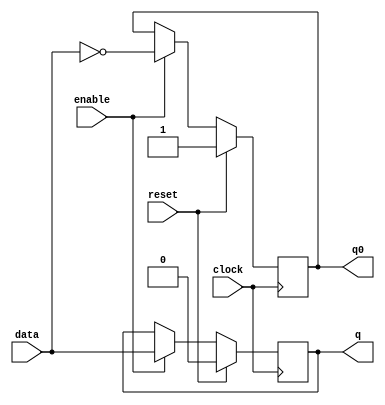
module dflipflop(data,enable,clock,q,q0,reset);

	input data,clock,enable,reset;
	output reg q,q0;
	
	always@(posedge clock)
	begin
		if(reset)
		begin
			q = 0;
			q0 = 1;
		end
		else begin
			if(enable)
			begin
				q = data;
				q0 = ~q;
			end
		end
		
	end
//	input data,enable,clock,reset;
//	output q,q0;
//	wire w0,w1;
//	wire clk0,clk_e,clk0_e;
//	
//	not clk_not(clk0,clock);
//	and clk_and(clk_e,enable,clock);
//	and clk0_and(clk0_e,enable,clk0);
//	
//
//	d_latch dlatch_left(clk0_e,data,w0,w1,reset);
//	d_latch dlatch_right(clk_e,w0,q,q0,reset);

endmodule